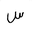
Letter: _sin